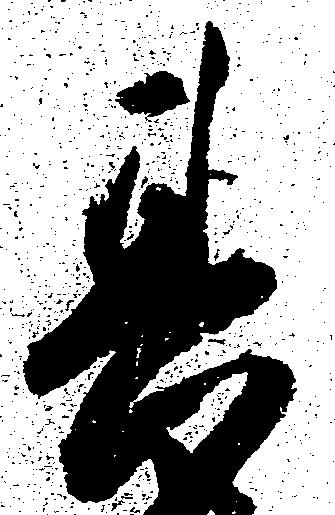
其